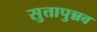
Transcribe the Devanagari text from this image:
सुत्तापुन्नव